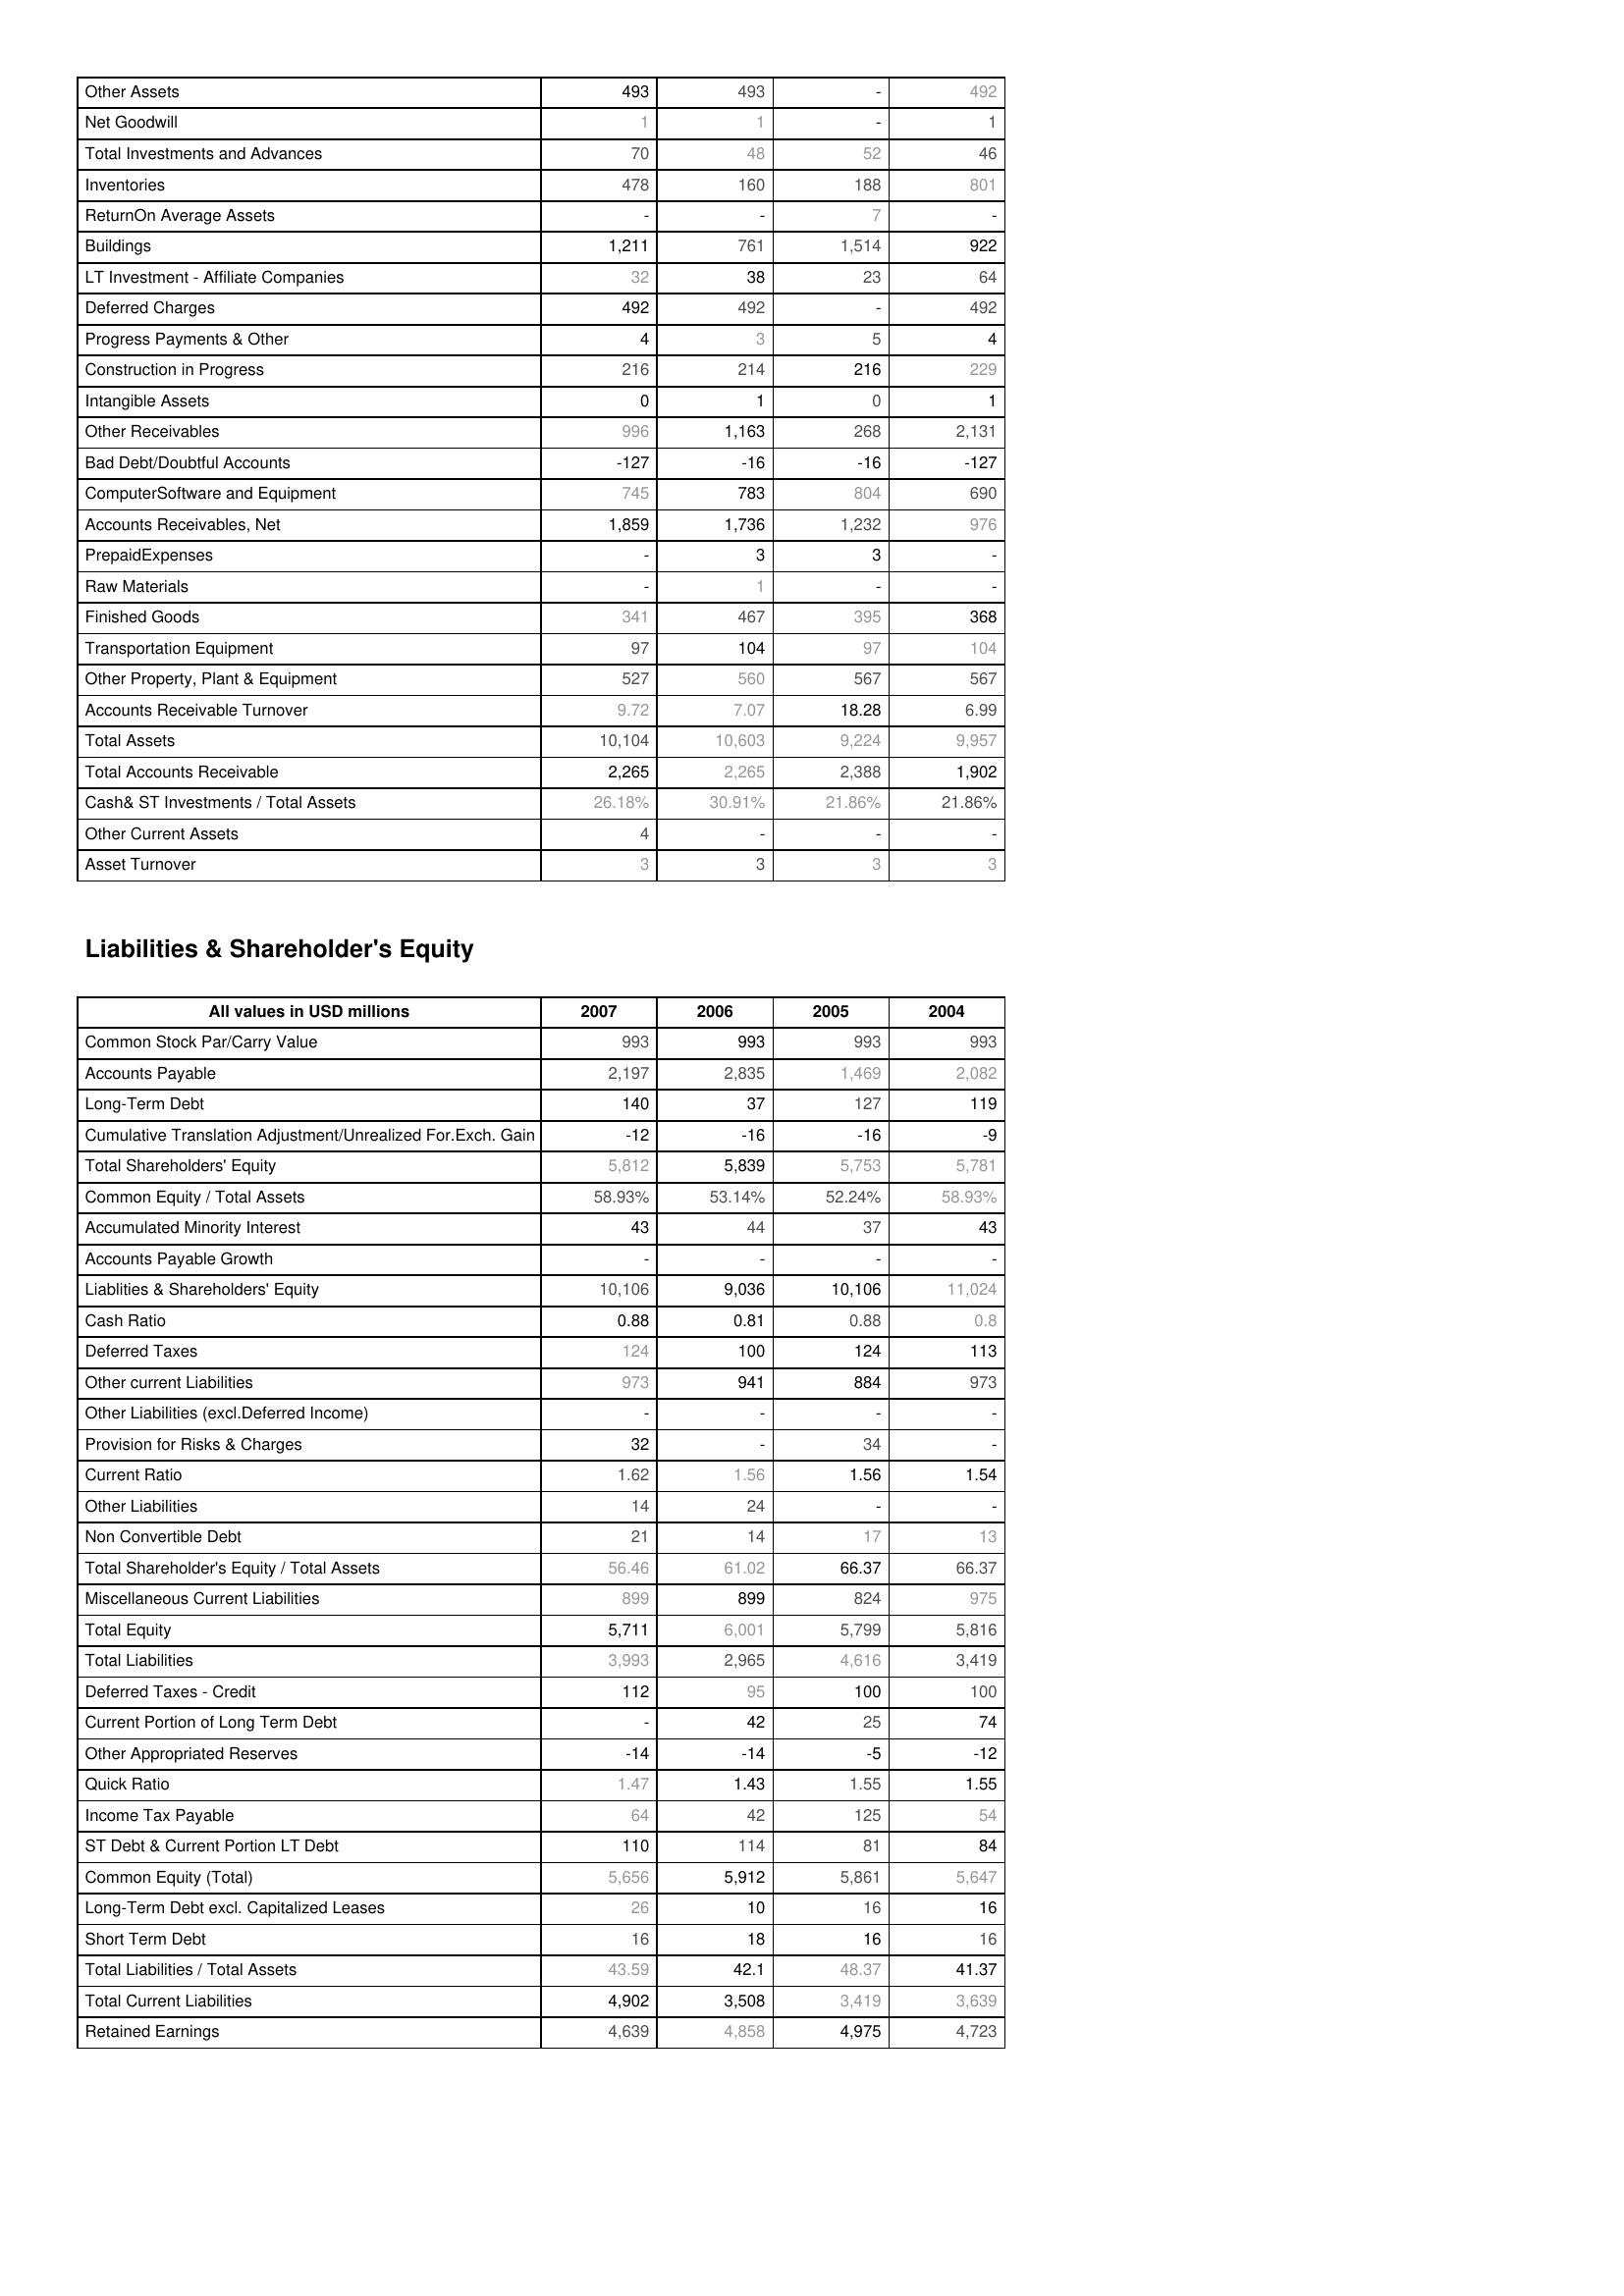
2007: Assets: Other Assets: 493
Net Goodwill: 1
Total Investments and Advances: 70
Inventories: 478
ReturnOn Average Assets: -
Buildings: 1,211
LT Investment - Affiliate Companies: 32
Deferred Charges: 492
Progress Payments & Other: 4
Construction in Progress: 216
Intangible Assets: 0
Other Receivables: 996
Bad Debt/Doubtful Accounts: -127
ComputerSoftware and Equipment: 745
Accounts Receivables, Net: 1,859
PrepaidExpenses: -
Raw Materials: -
Finished Goods: 341
Transportation Equipment: 97
Other Property, Plant & Equipment: 527
Accounts Receivable Turnover: 9.72
Total Assets: 10,104
Total Accounts Receivable: 2,265
Cash& ST Investments / Total Assets: 26.18%
Other Current Assets: 4
Asset Turnover: 3
Liabilities & Shareholder's Equity: Common Stock Par/Carry Value: 993
Accounts Payable: 2,197
Long-Term Debt: 140
Cumulative Translation Adjustment/Unrealized For.Exch. Gain: -12
Total Shareholders' Equity: 5,812
Common Equity / Total Assets: 58.93%
Accumulated Minority Interest: 43
Accounts Payable Growth: -
Liablities & Shareholders' Equity: 10,106
Cash Ratio: 0.88
Deferred Taxes: 124
Other current Liabilities: 973
Other Liabilities (excl.Deferred Income): -
Provision for Risks & Charges: 32
Current Ratio: 1.62
Other Liabilities: 14
Non Convertible Debt: 21
Total Shareholder's Equity / Total Assets: 56.46
Miscellaneous Current Liabilities: 899
Total Equity: 5,711
Total Liabilities: 3,993
Deferred Taxes - Credit: 112
Current Portion of Long Term Debt: -
Other Appropriated Reserves: -14
Quick Ratio: 1.47
Income Tax Payable: 64
ST Debt & Current Portion LT Debt: 110
Common Equity (Total): 5,656
Long-Term Debt excl. Capitalized Leases: 26
Short Term Debt: 16
Total Liabilities / Total Assets: 43.59
Total Current Liabilities: 4,902
Retained Earnings: 4,639
2006: Assets: Other Assets: 493
Net Goodwill: 1
Total Investments and Advances: 48
Inventories: 160
ReturnOn Average Assets: -
Buildings: 761
LT Investment - Affiliate Companies: 38
Deferred Charges: 492
Progress Payments & Other: 3
Construction in Progress: 214
Intangible Assets: 1
Other Receivables: 1,163
Bad Debt/Doubtful Accounts: -16
ComputerSoftware and Equipment: 783
Accounts Receivables, Net: 1,736
PrepaidExpenses: 3
Raw Materials: 1
Finished Goods: 467
Transportation Equipment: 104
Other Property, Plant & Equipment: 560
Accounts Receivable Turnover: 7.07
Total Assets: 10,603
Total Accounts Receivable: 2,265
Cash& ST Investments / Total Assets: 30.91%
Other Current Assets: -
Asset Turnover: 3
Liabilities & Shareholder's Equity: Common Stock Par/Carry Value: 993
Accounts Payable: 2,835
Long-Term Debt: 37
Cumulative Translation Adjustment/Unrealized For.Exch. Gain: -16
Total Shareholders' Equity: 5,839
Common Equity / Total Assets: 53.14%
Accumulated Minority Interest: 44
Accounts Payable Growth: -
Liablities & Shareholders' Equity: 9,036
Cash Ratio: 0.81
Deferred Taxes: 100
Other current Liabilities: 941
Other Liabilities (excl.Deferred Income): -
Provision for Risks & Charges: -
Current Ratio: 1.56
Other Liabilities: 24
Non Convertible Debt: 14
Total Shareholder's Equity / Total Assets: 61.02
Miscellaneous Current Liabilities: 899
Total Equity: 6,001
Total Liabilities: 2,965
Deferred Taxes - Credit: 95
Current Portion of Long Term Debt: 42
Other Appropriated Reserves: -14
Quick Ratio: 1.43
Income Tax Payable: 42
ST Debt & Current Portion LT Debt: 114
Common Equity (Total): 5,912
Long-Term Debt excl. Capitalized Leases: 10
Short Term Debt: 18
Total Liabilities / Total Assets: 42.1
Total Current Liabilities: 3,508
Retained Earnings: 4,858
2005: Assets: Other Assets: -
Net Goodwill: -
Total Investments and Advances: 52
Inventories: 188
ReturnOn Average Assets: 7
Buildings: 1,514
LT Investment - Affiliate Companies: 23
Deferred Charges: -
Progress Payments & Other: 5
Construction in Progress: 216
Intangible Assets: 0
Other Receivables: 268
Bad Debt/Doubtful Accounts: -16
ComputerSoftware and Equipment: 804
Accounts Receivables, Net: 1,232
PrepaidExpenses: 3
Raw Materials: -
Finished Goods: 395
Transportation Equipment: 97
Other Property, Plant & Equipment: 567
Accounts Receivable Turnover: 18.28
Total Assets: 9,224
Total Accounts Receivable: 2,388
Cash& ST Investments / Total Assets: 21.86%
Other Current Assets: -
Asset Turnover: 3
Liabilities & Shareholder's Equity: Common Stock Par/Carry Value: 993
Accounts Payable: 1,469
Long-Term Debt: 127
Cumulative Translation Adjustment/Unrealized For.Exch. Gain: -16
Total Shareholders' Equity: 5,753
Common Equity / Total Assets: 52.24%
Accumulated Minority Interest: 37
Accounts Payable Growth: -
Liablities & Shareholders' Equity: 10,106
Cash Ratio: 0.88
Deferred Taxes: 124
Other current Liabilities: 884
Other Liabilities (excl.Deferred Income): -
Provision for Risks & Charges: 34
Current Ratio: 1.56
Other Liabilities: -
Non Convertible Debt: 17
Total Shareholder's Equity / Total Assets: 66.37
Miscellaneous Current Liabilities: 824
Total Equity: 5,799
Total Liabilities: 4,616
Deferred Taxes - Credit: 100
Current Portion of Long Term Debt: 25
Other Appropriated Reserves: -5
Quick Ratio: 1.55
Income Tax Payable: 125
ST Debt & Current Portion LT Debt: 81
Common Equity (Total): 5,861
Long-Term Debt excl. Capitalized Leases: 16
Short Term Debt: 16
Total Liabilities / Total Assets: 48.37
Total Current Liabilities: 3,419
Retained Earnings: 4,975
2004: Assets: Other Assets: 492
Net Goodwill: 1
Total Investments and Advances: 46
Inventories: 801
ReturnOn Average Assets: -
Buildings: 922
LT Investment - Affiliate Companies: 64
Deferred Charges: 492
Progress Payments & Other: 4
Construction in Progress: 229
Intangible Assets: 1
Other Receivables: 2,131
Bad Debt/Doubtful Accounts: -127
ComputerSoftware and Equipment: 690
Accounts Receivables, Net: 976
PrepaidExpenses: -
Raw Materials: -
Finished Goods: 368
Transportation Equipment: 104
Other Property, Plant & Equipment: 567
Accounts Receivable Turnover: 6.99
Total Assets: 9,957
Total Accounts Receivable: 1,902
Cash& ST Investments / Total Assets: 21.86%
Other Current Assets: -
Asset Turnover: 3
Liabilities & Shareholder's Equity: Common Stock Par/Carry Value: 993
Accounts Payable: 2,082
Long-Term Debt: 119
Cumulative Translation Adjustment/Unrealized For.Exch. Gain: -9
Total Shareholders' Equity: 5,781
Common Equity / Total Assets: 58.93%
Accumulated Minority Interest: 43
Accounts Payable Growth: -
Liablities & Shareholders' Equity: 11,024
Cash Ratio: 0.8
Deferred Taxes: 113
Other current Liabilities: 973
Other Liabilities (excl.Deferred Income): -
Provision for Risks & Charges: -
Current Ratio: 1.54
Other Liabilities: -
Non Convertible Debt: 13
Total Shareholder's Equity / Total Assets: 66.37
Miscellaneous Current Liabilities: 975
Total Equity: 5,816
Total Liabilities: 3,419
Deferred Taxes - Credit: 100
Current Portion of Long Term Debt: 74
Other Appropriated Reserves: -12
Quick Ratio: 1.55
Income Tax Payable: 54
ST Debt & Current Portion LT Debt: 84
Common Equity (Total): 5,647
Long-Term Debt excl. Capitalized Leases: 16
Short Term Debt: 16
Total Liabilities / Total Assets: 41.37
Total Current Liabilities: 3,639
Retained Earnings: 4,723